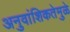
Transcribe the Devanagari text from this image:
अनुवांशिकतेमुळे